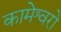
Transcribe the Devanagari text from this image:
कामेश्वरो